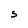
Character: S